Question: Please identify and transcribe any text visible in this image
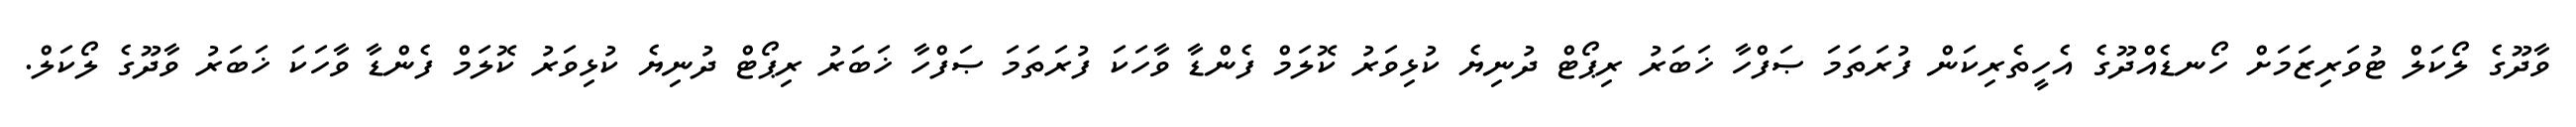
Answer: ވާދޫގެ ލޯކަލް ޓުވަރިޒަމަށް ހޯނޑެއްދޫގެ އެހީތެރިކަން ފުރަތަމަ ޞަފްހާ ޚަބަރު ރިޕޯޓް ދުނިޔެ ކުޅިވަރު ކޮލަމް ފެންޑާ ވާހަކަ ފުރަތަމަ ޞަފްހާ ޚަބަރު ރިޕޯޓް ދުނިޔެ ކުޅިވަރު ކޮލަމް ފެންޑާ ވާހަކަ ޚަބަރު ވާދޫގެ ލޯކަލް.